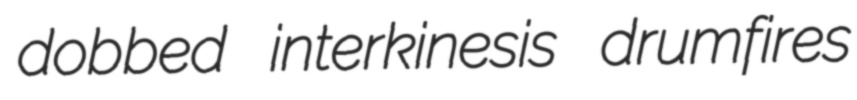
dobbed interkinesis drumfires